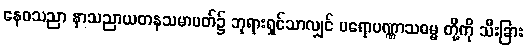
နေဝသညာ နာသညာယတနသမာပတ်၌ ဘုရားရှင်သာလျှင် ပရောပဏ္ဏာသဓမ္မ တို့ကို သီးခြား